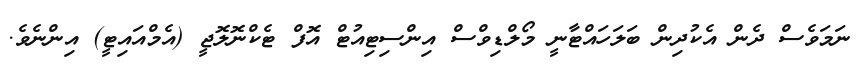
ނަމަވެސް ދެން އެކުދިން ބަލަހައްޓާނީ މޯލްޑިވްސް އިންސިޓިއުޓް އޮފް ޓެކްނޮލޮޖީ (އެމްއައިޓީ) އިންނެވެ.